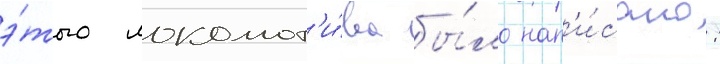
э́того локомот'и́ва бы́ло нап'и́сано: